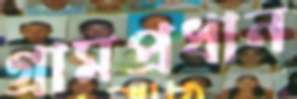
গ্রামপ্রধান